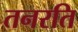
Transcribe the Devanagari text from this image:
तनरति